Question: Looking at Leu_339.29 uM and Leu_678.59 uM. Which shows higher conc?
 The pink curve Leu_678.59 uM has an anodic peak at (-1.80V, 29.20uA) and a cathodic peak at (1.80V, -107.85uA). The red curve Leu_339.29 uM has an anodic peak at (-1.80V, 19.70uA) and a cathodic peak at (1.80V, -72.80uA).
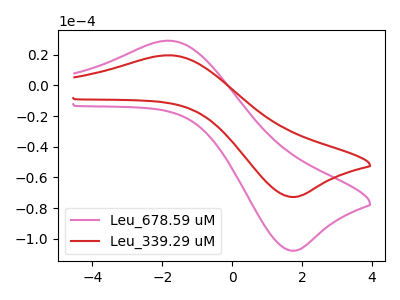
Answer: <think>All the peaks in "Leu_339.29 uM" have a peak in "Leu_678.59 uM" at the same potential. Every peak in "Leu_339.29 uM" is lower than every peak in "Leu_678.59 uM".
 </think>
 <answer>"Leu_339.29 uM" has less signal than "Leu_678.59 uM" and so likely has a lower concentration.</answer>
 <eval>less_concentration</eval>